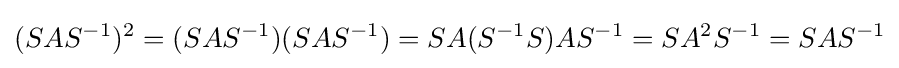
(SAS^{-1})^{2}=(SAS^{-1})(SAS^{-1})=SA(S^{-1}S)AS^{-1}=SA^{2}S^{-1}=SAS^{-1}